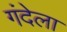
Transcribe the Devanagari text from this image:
गंदेला